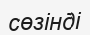
сөзінді